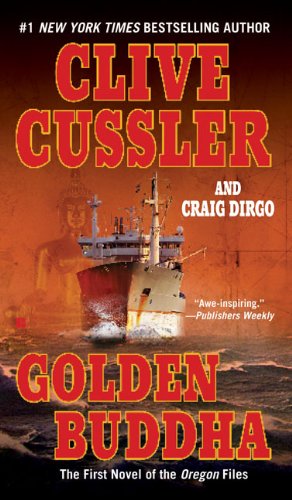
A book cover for Golden Buddha (The Oregon Files); Clive Cussler; Mystery, Thriller & Suspense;